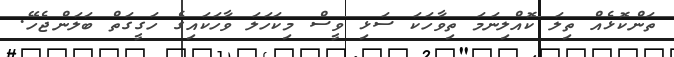
ތަންކޮޅެއް ތިލަ ކޮއްލިނަމަ ތިވާހަކަ ސަޅި ވީސް މިކަހަލަ ވާހަކަައިގެ ހަގީގަތް ބަލަންޖެހޭ.